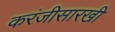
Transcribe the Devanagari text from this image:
करंजीसारखी